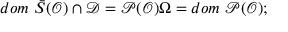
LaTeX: d o m \, \, \bar { S } ( \mathcal { O } ) \cap \mathcal { D } = \mathcal { P } ( \mathcal { O } ) \Omega = d o m \, \, \mathcal { P } ( \mathcal { O } ) ;